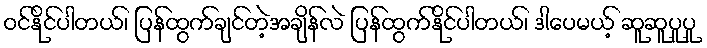
ဝင်နိုင်ပါတယ်၊ ပြန်ထွက်ချင်တဲ့အချိန်လဲ ပြန်ထွက်နိုင်ပါတယ်၊ ဒါပေမယ့် ဆူဆူပူပူ